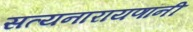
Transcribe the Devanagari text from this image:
सत्यनारायणांनी